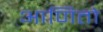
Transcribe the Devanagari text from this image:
आणितो